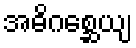
အဓိဂစ္ဆေယျ